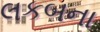
લકબના